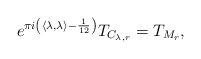
LaTeX: \begin{align*}e^{\pi i \left(\langle \lambda,\lambda\rangle-\frac{1}{12}\right)} T_{C_{\lambda,r}} &= T_{M_r},\end{align*}